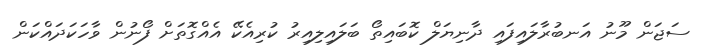
ސަޖަން މޫނު އަނބުރާލައިފައި ދާނިޔަލް ކޮބައިތޯ ބަލައިލިއިރު ކުރިއެކޭ އެއްގޮތަށް ފޯނުން ވާހަކަދައްކަން